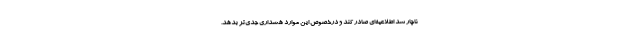
ناچار شد اطلاعیه‌ای صادر کند و درخصوص این موارد هشداری جدی‌تر بدهد.